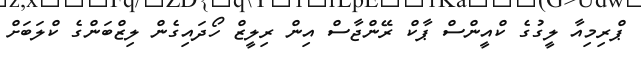
ޕްރިމިއާ ލީގުގެ ކްއީންސް ޕާކް ރޭންޖާސް އިން ރިލީޒް ހޯދައިގެން ލިޒްބަންގެ ކްލަބަށް